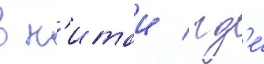
в к'итаи / гд'е́